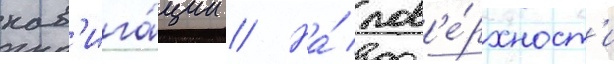
нав'ига́ции // На́ пов'е́рхност'и